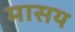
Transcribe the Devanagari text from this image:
मासय